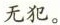
\underline{无犯。}